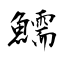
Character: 鱬